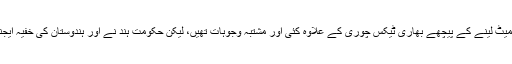
ہچ کے اس طرح ہندوستان سے کام سمیٹ لینے کے پیچھے بھاری ٹیکس چوری کے علاوہ کئی اور مشتبہ وجوہات تھیں، لیکن حکومت ہند نے اور ہندوستان کی خفیہ ایجنسیوں نے اس پر کوئی دھیان نہیں دیا۔